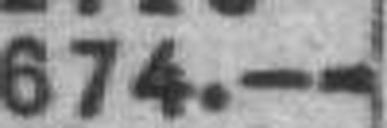
674.—